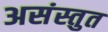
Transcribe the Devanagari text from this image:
असंस्तुत